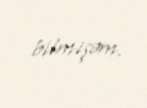
bilmişəm.